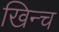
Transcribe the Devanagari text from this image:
खिन्च